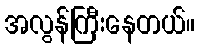
အလွန်ကြီးနေတယ်။